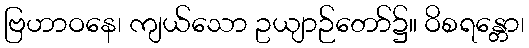
ဗြဟာဝနေ၊ ကျယ်သော ဥယျာဉ်တော်၌။ ဝိစရန္တော၊